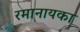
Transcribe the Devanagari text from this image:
रमानायका